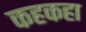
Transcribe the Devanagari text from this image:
कहकहा